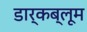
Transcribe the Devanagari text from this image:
डार्कब्लूम